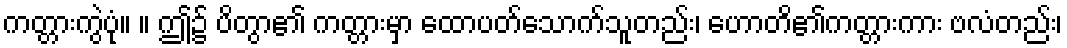
ကတ္တားကွဲပုံ။ ။ ဤ၌ ပိတွာ၏ ကတ္တားမှာ ထောပတ်သောက်သူတည်း၊ ဟောတိ၏ကတ္တားကား ဗလံတည်း၊